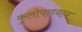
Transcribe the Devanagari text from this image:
कुलोपाध्याय